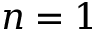
n = 1